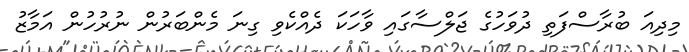
މިދިއަ ބުރާސްފަތި ދުވަހުގެ ޖަލްސާގައި ވާހަކަ ދެއްކެވި ގިނަ މެންބަރުން ނުރުހުން އަމާޒު